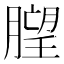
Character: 𱼙